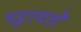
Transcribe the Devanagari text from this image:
पट्टायतों